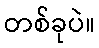
တစ်ခုပဲ။